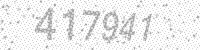
Solution: 417941